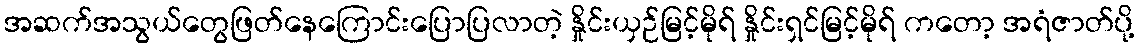
အဆက်အသွယ်တွေဖြတ်နေကြောင်းပြောပြလာတဲ့ နှိုင်းယှဉ်မြင့်မိုရ် နှိုင်းရှင်မြင့်မိုရ် ကတော့ အရံဇာတ်ပို့